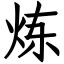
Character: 炼